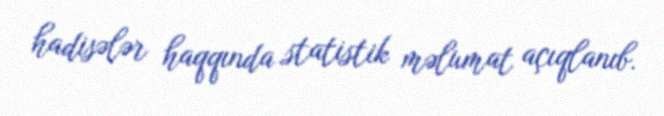
hadisələr haqqında statistik məlumat açıqlanıb.